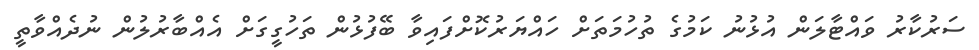
ސަރުކާރު ވައްޓާލަން އުޅުނު ކަމުގެ ތުހުމަތަށް ހައްޔަރުކޮށްފައިވާ ބޭފުޅުން ތަހުގީގަށް އެއްބާރުލުން ނުދެއްވާތީ